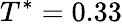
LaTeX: T^{*}=0.33